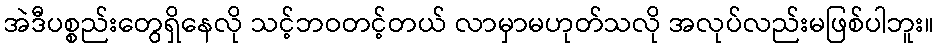
အဲဒီပစ္စည်းတွေရှိနေလို သင့်ဘဝတင့်တယ် လာမှာမဟုတ်သလို အလုပ်လည်းမဖြစ်ပါဘူး။